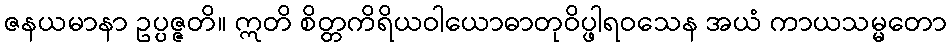
ဇနယမာနာ ဥပ္ပဇ္ဇတိ။ ဣတိ စိတ္တကိရိယဝါယောဓာတုဝိပ္ဖါရဝသေန အယံ ကာယသမ္မတော